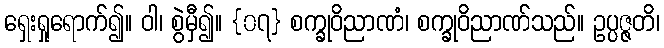
ရှေးရှုရောက်၍။ ဝါ၊ စွဲမှီ၍။ {၀၇} စက္ခုဝိညာဏံ၊ စက္ခုဝိညာဏ်သည်။ ဥပ္ပဇ္ဇတိ၊